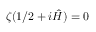
\zeta ( 1 / 2 + i { \hat { H } } ) = 0